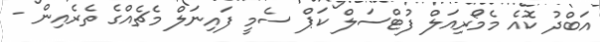
އަބްދު ކޮއެ މެމޯރިއަލް ފުޓްސަލް ކަޕް ސެމީ ފައިނަލް މެޗެއްގެ ތެރެއިން -